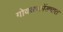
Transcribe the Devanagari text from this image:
गोवळकोंड्यात